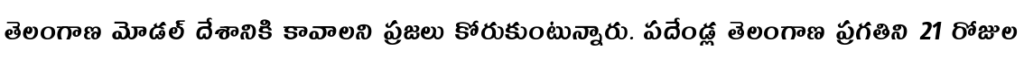
తెలంగాణ మోడల్ దేశానికి కావాలని ప్రజలు కోరుకుంటున్నారు. పదేండ్ల తెలంగాణ ప్రగతిని 21 రోజుల